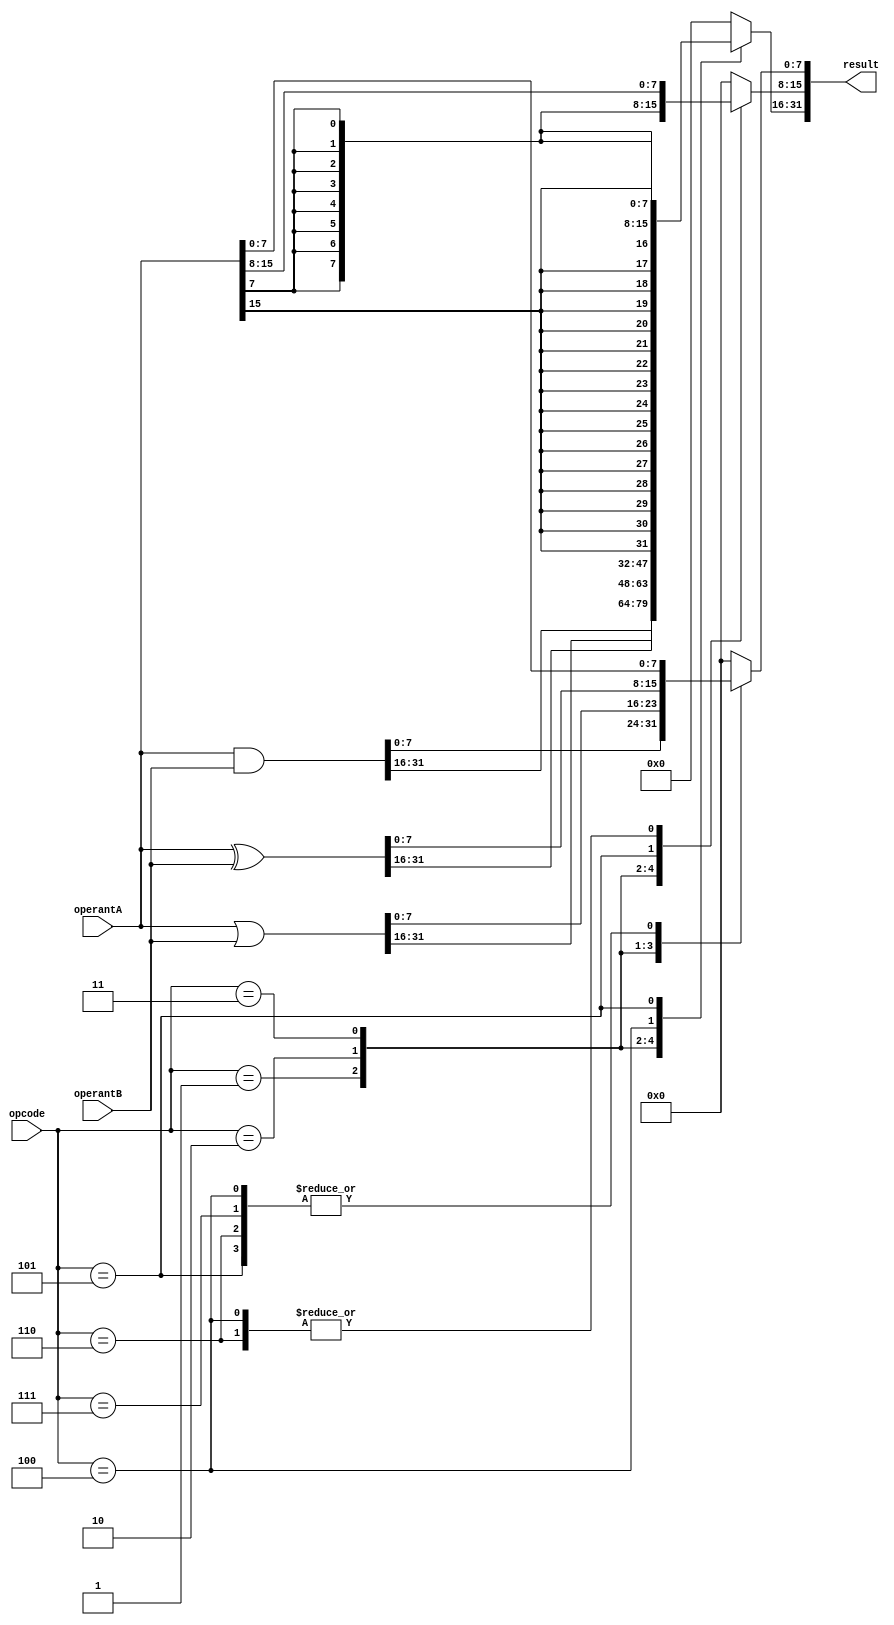
module logicUnit ( input wire [2:0]   opcode,
                   input wire [31:0]  operantA,
                                      operantB,
                   output reg [31:0]  result );

  always @*
  begin
    case (opcode)
      3'b001 : result <= operantA & operantB;
      3'b010 : result <= operantA | operantB;
      3'b011 : result <= operantA ^ operantB;
      3'b100 : begin
                 result[31:16] <= {16{operantA[15]}};
                 result[15:0]  <= operantA[15:0];
               end
      3'b101 : begin
                 result[31:8] <= {24{operantA[7]}};
                 result[7:0]  <= operantA[7:0];
               end
      3'b110 : begin
                 result[31:16] <= {16{1'b0}};
                 result[15:0]  <= operantA[15:0];
               end
      3'b111 : begin
                 result[31:8] <= {24{1'b0}};
                 result[7:0]  <= operantA[7:0];
               end
      default: result <= {32{1'b0}};
    endcase
  end
endmodule